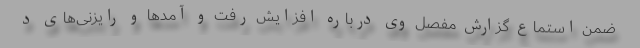
ضمن استماع گزارش مفصل وی درباره افزایش رفت و آمدها و رایزنی‌های د